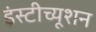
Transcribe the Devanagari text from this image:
इंस्टीच्यूशन